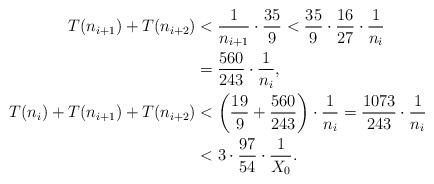
LaTeX: \begin{align*}T(n_{i+1})+T(n_{i+2}) &< \frac{1}{n_{i+1}} \cdot \frac{35}{9} < \frac{35}{9} \cdot \frac{16}{27} \cdot \frac{1}{n_i}\\&= \frac{560}{243} \cdot \frac{1}{n_i},\\T(n_i)+ T(n_{i+1})+T(n_{i+2}) &< \left(\frac{19}{9}+\frac{560}{243}\right) \cdot \frac{1}{n_i} =\frac{1073}{243} \cdot \frac{1}{n_i}\\&< 3 \cdot \frac{97}{54} \cdot \frac{1}{X_0}.\end{align*}